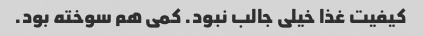
کیفیت غذا خیلی جالب نبود. کمی هم سوخته بود.